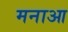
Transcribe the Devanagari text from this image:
मनाआ